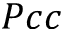
P c c